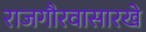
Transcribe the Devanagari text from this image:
राजगौरवासारखे